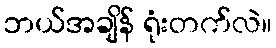
ဘယ်အချိန် ရုံးတက်လဲ။